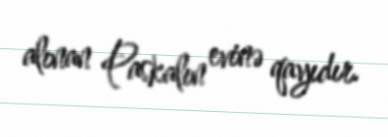
alınan Paskalın evinə qayıdır.